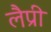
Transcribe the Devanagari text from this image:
लैप्री